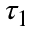
\tau _ { 1 }